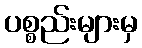
ပစ္စည်းများမှ